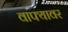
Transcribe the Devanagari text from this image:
वाफ्यावर